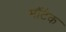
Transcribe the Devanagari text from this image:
मौंटैक